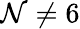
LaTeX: \mathcal{N}\ne6